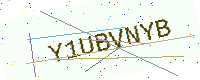
Text: Y1UBVNYB